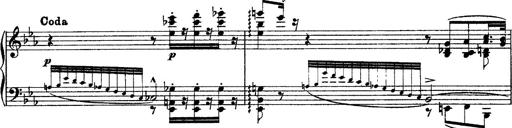
Title: Grandes Ã©tudes de Paganini
Composer: Franz Liszt